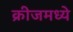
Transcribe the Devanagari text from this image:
क्रीजमध्ये